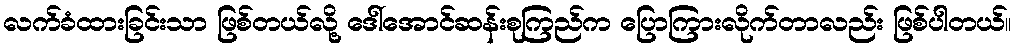
လက်ခံထားခြင်းသာ ဖြစ်တယ်လို့ ဒေါ်အောင်ဆန်းစုကြည်က ပြောကြားလိုက်တာလည်း ဖြစ်ပါတယ်။